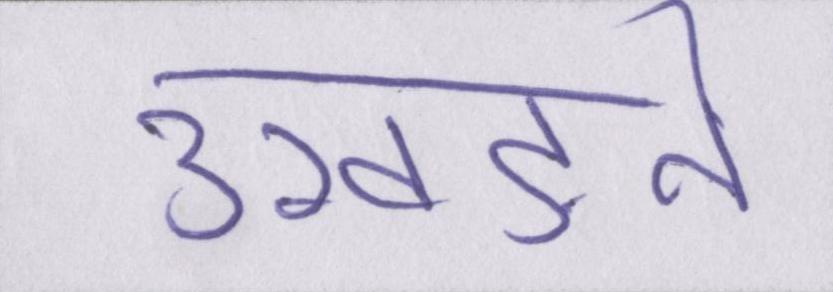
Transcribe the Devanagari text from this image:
उखड़ने